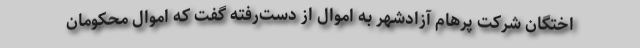
اختگان شرکت پرهام آزادشهر به اموال‌ از دست‌رفته گفت که اموال محکومان